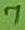
Text: 7